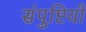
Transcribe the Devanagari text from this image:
संपुष्टियों